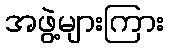
အဖွဲ့များကြား